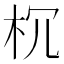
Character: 𣏝